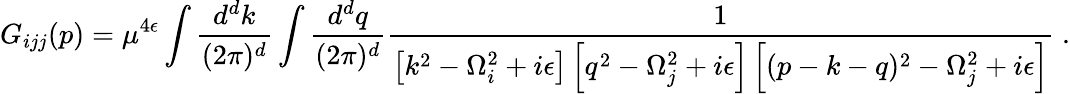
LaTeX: G_{ijj}(p)=\mu^{4\epsilon}\int\frac{d^{d}k}{(2\pi)^{d}}\int\frac{d^{d}q}{(2\pi)^{d}}\frac{1}{\left[k^{2}-\Omega_{i}^{2}+i\epsilon\right]\left[q^{2}-\Omega_{j}^{2}+i\epsilon\right]\left[(p-k-q)^{2}-\Omega_{j}^{2}+i\epsilon\right]}\; .